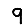
Digit: 9